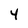
Character: 4